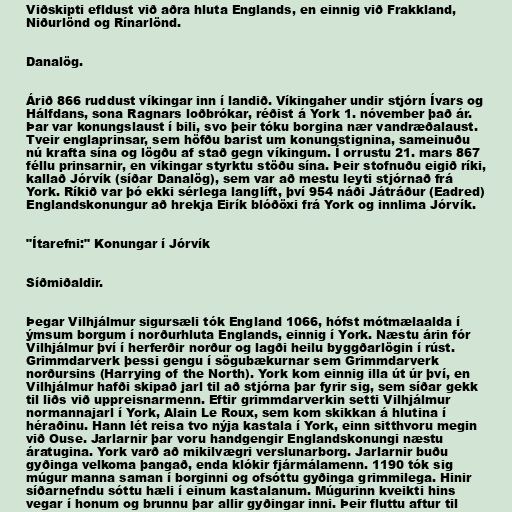
Viðskipti efldust við aðra hluta Englands, en einnig við Frakkland,
Niðurlönd og Rínarlönd.

Danalög.

Árið 866 ruddust víkingar inn í landið. Víkingaher undir stjórn Ívars og
Hálfdans, sona Ragnars loðbrókar, réðist á York 1. nóvember það ár.
Þar var konungslaust í bili, svo þeir tóku borgina nær vandræðalaust.
Tveir englaprinsar, sem höfðu barist um konungstignina, sameinuðu
nú krafta sína og lögðu af stað gegn víkingum. Í orrustu 21. mars 867
féllu prinsarnir, en víkingar styrktu stöðu sína. Þeir stofnuðu eigið ríki,
kallað Jórvík (síðar Danalög), sem var að mestu leyti stjórnað frá
York. Ríkið var þó ekki sérlega langlíft, því 954 náði Játráður (Eadred)
Englandskonungur að hrekja Eirík blóðöxi frá York og innlima Jórvík.

"Ítarefni:" Konungar í Jórvík

Síðmiðaldir.

Þegar Vilhjálmur sigursæli tók England 1066, hófst mótmælaalda í
ýmsum borgum í norðurhluta Englands, einnig í York. Næstu árin fór
Vilhjálmur því í herferðir norður og lagði heilu byggðarlögin í rúst.
Grimmdarverk þessi gengu í sögubækurnar sem Grimmdarverk
norðursins (Harrying of the North). York kom einnig illa út úr því, en
Vilhjálmur hafði skipað jarl til að stjórna þar fyrir sig, sem síðar gekk
til liðs við uppreisnarmenn. Eftir grimmdarverkin setti Vilhjálmur
normannajarl í York, Alain Le Roux, sem kom skikkan á hlutina í
héraðinu. Hann lét reisa tvo nýja kastala í York, einn sitthvoru megin
við Ouse. Jarlarnir þar voru handgengir Englandskonungi næstu
áratugina. York varð að mikilvægri verslunarborg. Jarlarnir buðu
gyðinga velkoma þangað, enda klókir fjármálamenn. 1190 tók sig
múgur manna saman í borginni og ofsóttu gyðinga grimmilega. Hinir
síðarnefndu sóttu hæli í einum kastalanum. Múgurinn kveikti hins
vegar í honum og brunnu þar allir gyðingar inni. Þeir fluttu aftur til